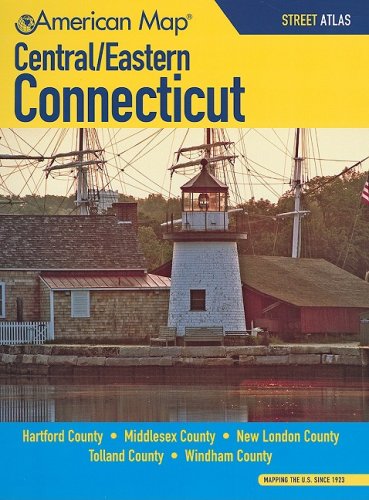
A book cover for American Map Central/Eastern Connecticut Street Atlas; Not Available (Na) American Map Corporation; Travel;